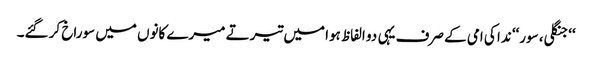
‘‘جنگلی، سور‘‘ ندا کی امی کے صرف یہی دو الفاظ ہوا میں تیرتے میرے کانوں میں سوراخ کر گئے۔